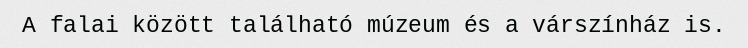
A falai között található múzeum és a várszínház is.